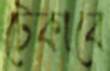
টেকাবে